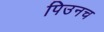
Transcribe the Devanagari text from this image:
पिउनच